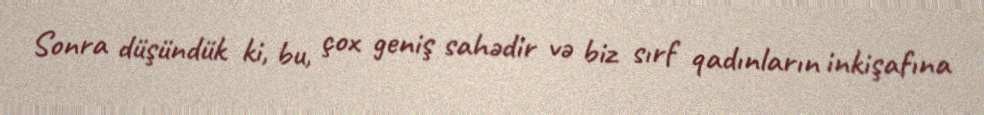
Sonra düşündük ki, bu, çox geniş sahədir və biz sırf qadınların inkişafına